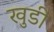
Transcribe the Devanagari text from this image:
खुडी